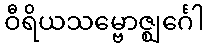
ဝီရိယသမ္ဗောဇ္ဈင်္ဂေါ